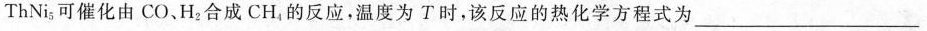
ThNi_{5}可催化由CO、H_{2}合成CH_{4}的反应。温度为T时，该反应的热化学方程式为___